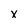
Character: x